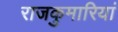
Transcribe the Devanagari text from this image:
राजकुमारियां